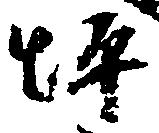
坪